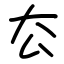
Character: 厺